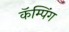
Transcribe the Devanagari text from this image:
कॅम्पिंग